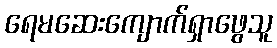
ရေမဆေးကျောက်ရှာဖွေသူ